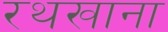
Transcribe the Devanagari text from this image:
रथखाना